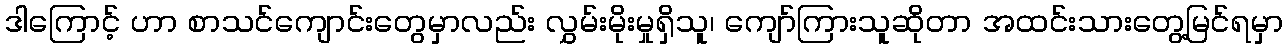
ဒါကြောင့် ဟာ စာသင်ကျောင်းတွေမှာလည်း လွှမ်းမိုးမှုရှိသူ၊ ကျော်ကြားသူဆိုတာ အထင်းသားတွေ့မြင်ရမှာ